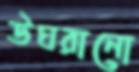
উঘরানো